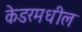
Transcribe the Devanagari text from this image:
केडरमधील